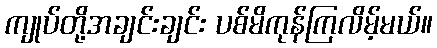
ကျုပ်တို့အချင်းချင်း ပစ်မိကုန်ကြလိမ့်မယ်။